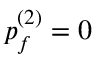
p _ { f } ^ { ( 2 ) } = 0